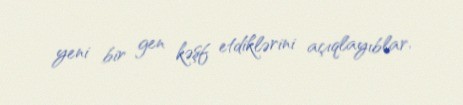
yeni bir gen kəşf etdiklərini açıqlayıblar.